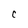
Character: C